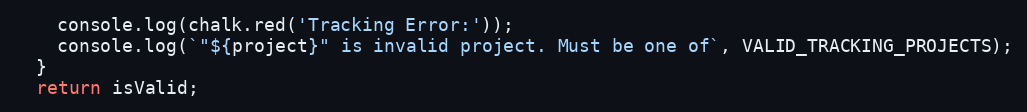
Language: JavaScript
    console.log(chalk.red('Tracking Error:'));
    console.log(`"${project}" is invalid project. Must be one of`, VALID_TRACKING_PROJECTS);
  }
  return isValid;